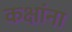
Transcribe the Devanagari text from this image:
कक्षांना